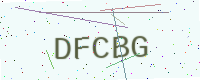
Text: DFCBG